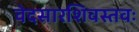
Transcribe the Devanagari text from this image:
वेदसारशिवस्तवः